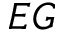
E G